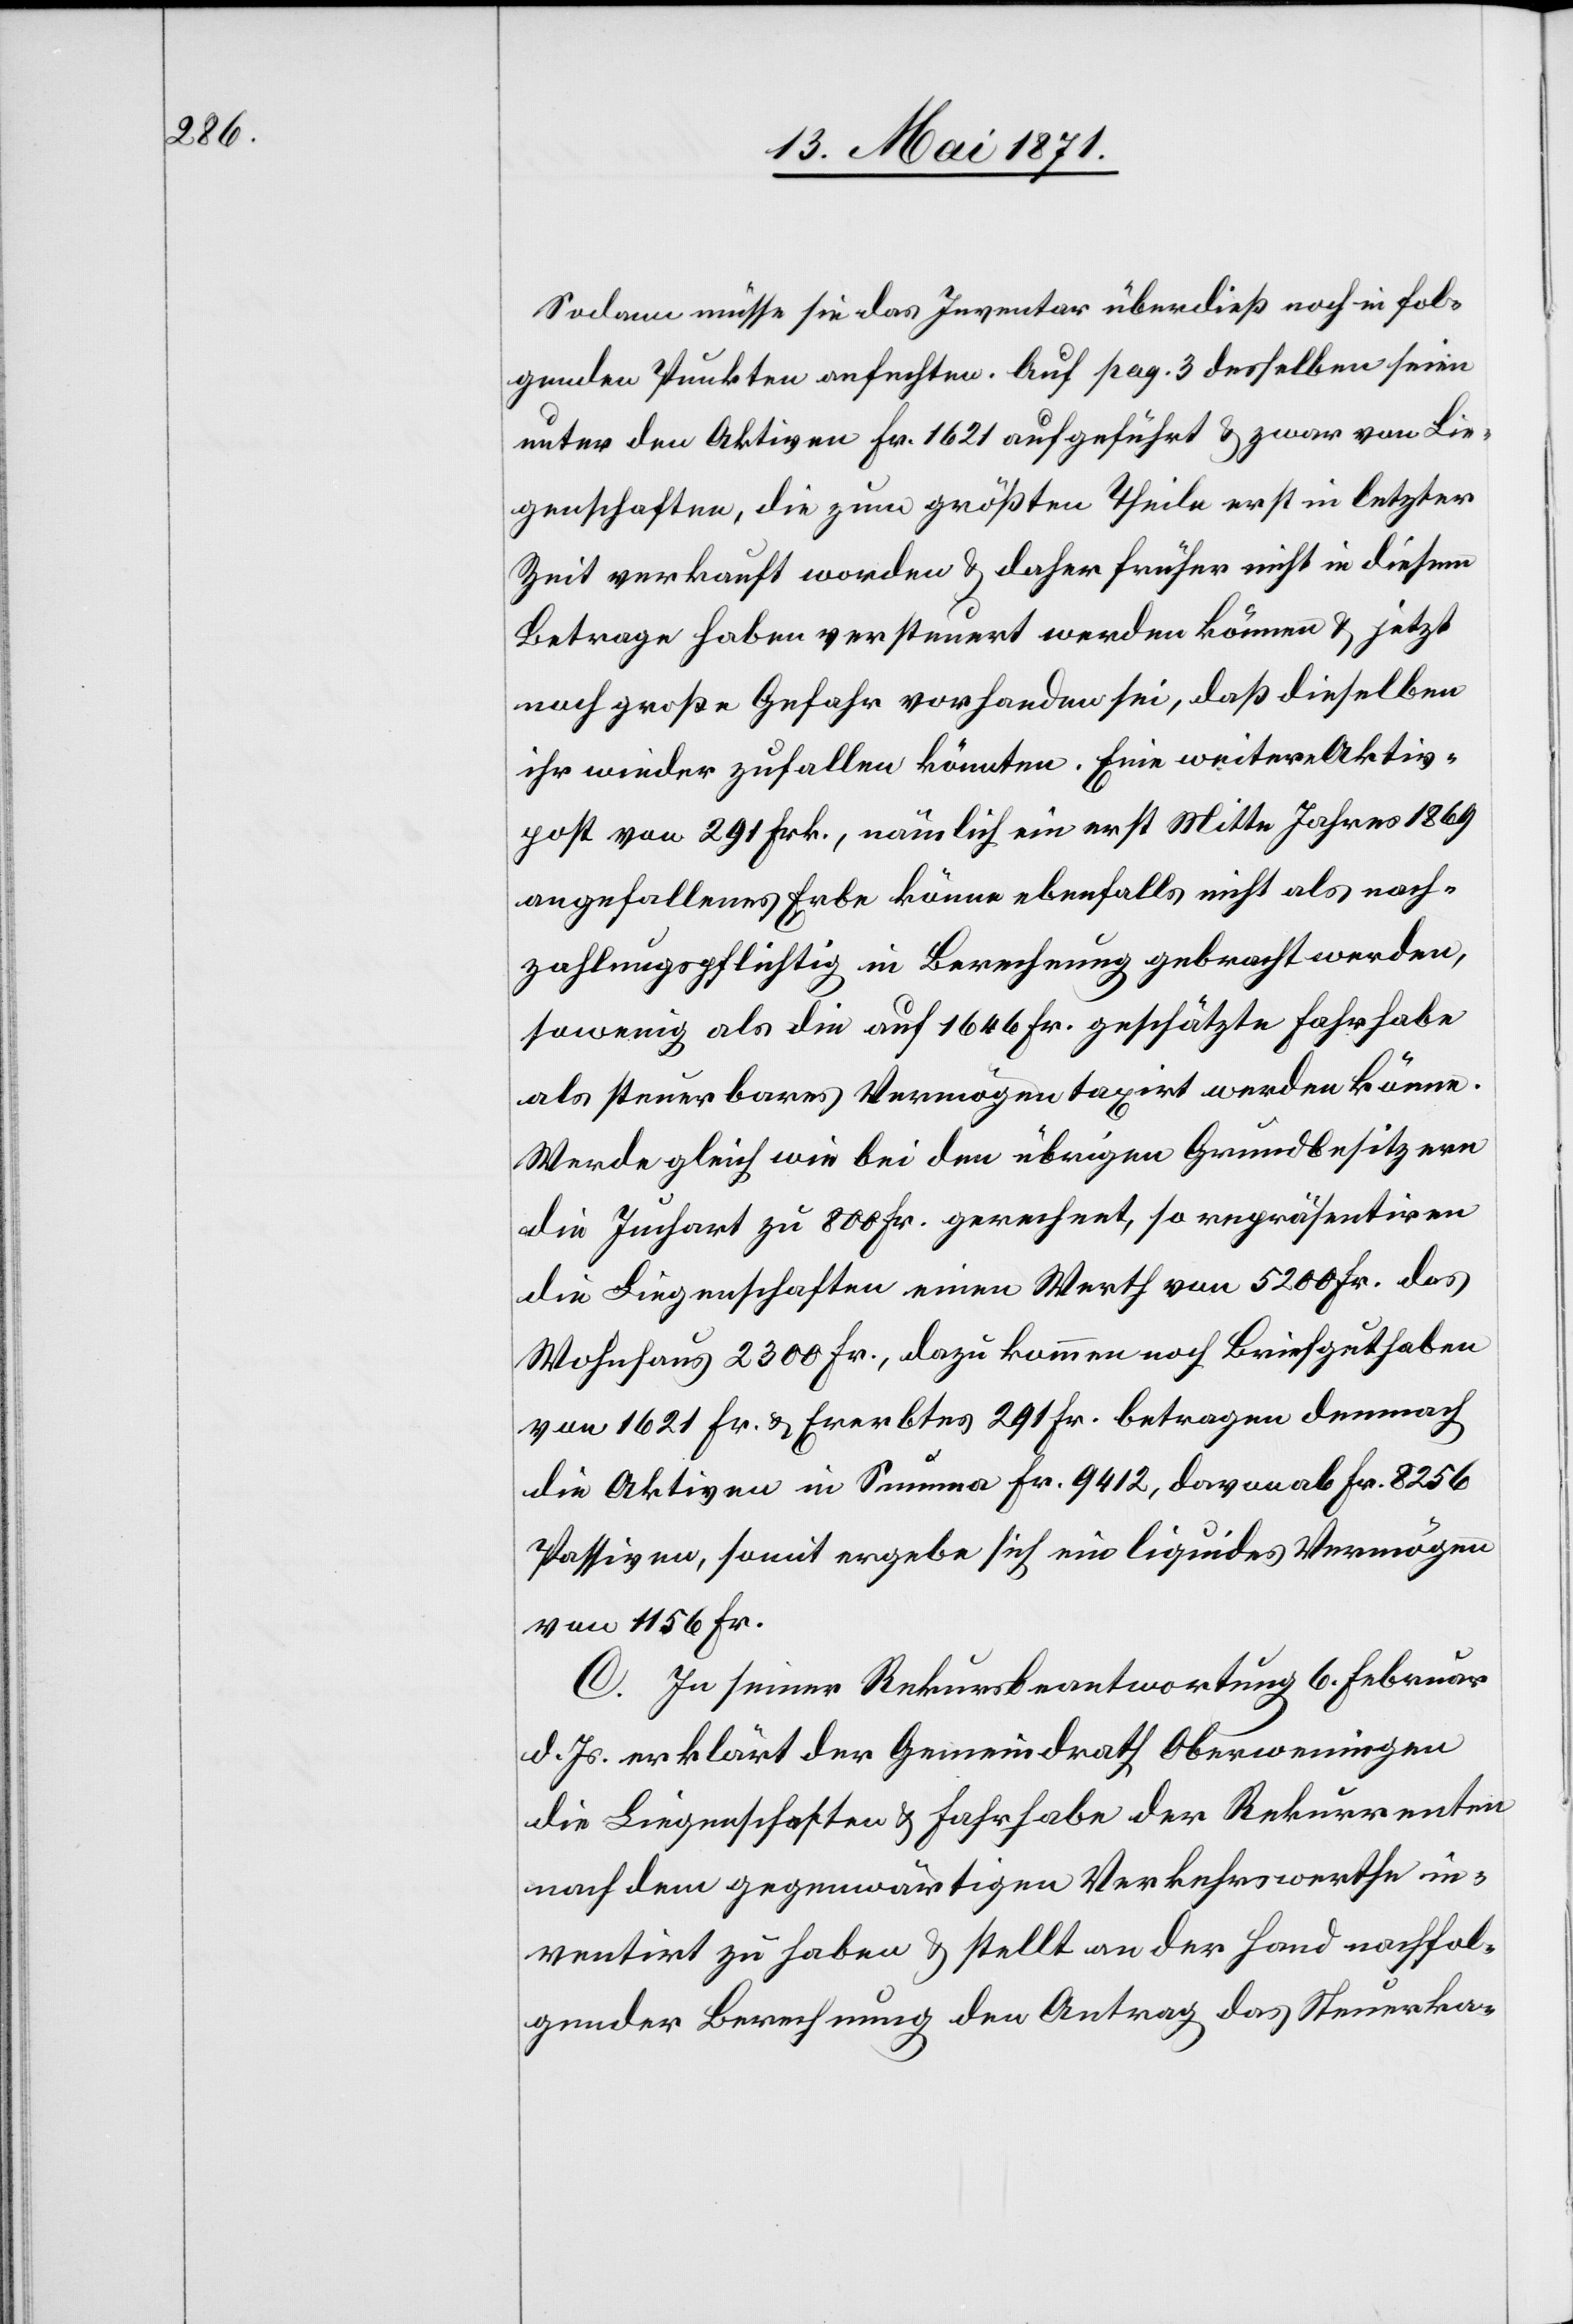
Sodann müsse sie das Inventar überdieß noch in fol¬
genden Punkten anfechten. Auf pag. 3 derselben seien
unter den Aktiven Fr. 1621 aufgeführt u. zwar von Lie¬
genschaften, die zum größten Theile erst in letzter
Zeit verkauft worden u. daher früher nicht in diesem
Betrage haben versteuert werden können u. jetzt
noch große Gefahr vorhanden sei, daß dieselben
ihr wieder zufallen könnten. Eine weitere Aktiv¬
post von 291 Frk., nämlich ein erst Mitte Jahres 1869
angefallenes Erbe könne ebenfalls nicht als nach¬
zahlungspflichtig in Berechnung gebracht werden,
sowenig als die auf 1646 Fr. geschätzte Fahrhabe
als steuerbares Vermögen taxiert werden könne.
Werde gleich wie bei den übrigen Grundbesitzern
die Juchart zu 800 Fr. gerechnet, so repräsentiren
die Liegenschaften einen Werth von 5200 Fr. das
Wohnhaus 2300 Fr., dazu kommen noch Briefguthaben
von 1621 Fr. u. Ererbtes 291 Fr. betragen demnach
die Aktiven in Summa Fr. 9412, davon ab Fr. 8256
Passiven, somit ergebe sich ein liquides Vermögen
von 1156 Fr.
C. In seiner Rekursbeantwortung 6. Februar
d. Js. erklärt der Gemeindrath Oberweningen
die Liegenschaften u. Fahrhabe der Rekurrenten
nach dem gegenwärtigen Verkehrswerthe in¬
ventirt zu haben u. stellt an der Hand nachfol¬
gender Berechnung den Antrag das Steuerka-